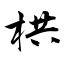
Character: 栱